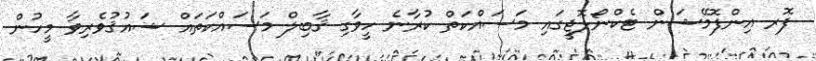
ފޮރ އިންފޮމޭޝަން ޓެކްނޯލޮޖީގައި މަސައްކަތް ކުރާނެ ހީވާގި ޤާބިލް މަސައްކަތައް ޝައުޤުވެރިވާ މީހުން